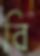
বি